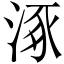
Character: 涿